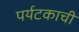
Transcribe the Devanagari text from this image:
पर्यटकाची